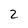
Character: 2